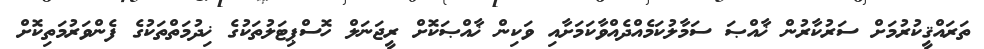
ތަރައްޤީކުރުމަށް ސަރުކާރުން ޚާއްޞަ ސަމާލުކަމެއްދެއްވާކަމަށާއި ވަކިން ޚާއްޞަކޮށް ރީޖަނަލް ހޮސްޕިޓަލުތަކުގެ ޚިދުމަތްތަކުގެ ފެންވަރުމަތިކޮށް